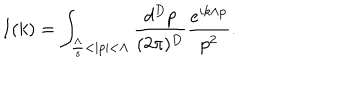
LaTeX: I ( k ) = \int _ { \frac { \Lambda } { s } < | p | < \Lambda } \frac { d ^ { D } p } { ( 2 \pi ) ^ { D } } \frac { e ^ { i k \wedge p } } { p ^ { 2 } } .